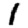
Digit: 1